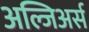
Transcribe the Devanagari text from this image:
अल्जिअर्स